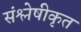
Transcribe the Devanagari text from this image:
संश्लेषीकृत